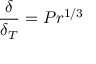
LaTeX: { \frac { \delta } { \delta _ { T } } } = P r ^ { 1 / 3 }